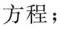
方程；